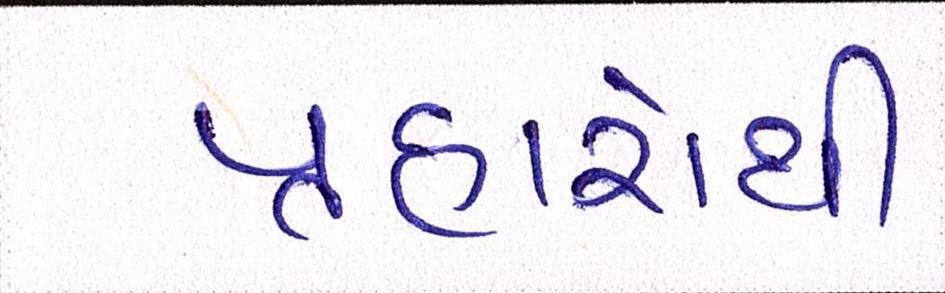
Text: પ્રહારોથી